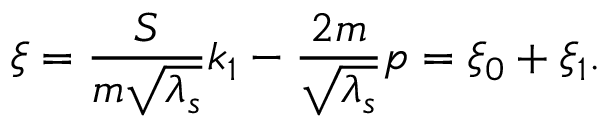
\xi = { \frac { S } { m \sqrt { \lambda _ { s } } } } k _ { 1 } - { \frac { 2 m } { \sqrt { \lambda _ { s } } } } p = \xi _ { 0 } + \xi _ { 1 } .